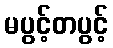
မပွင့်တပွင့်